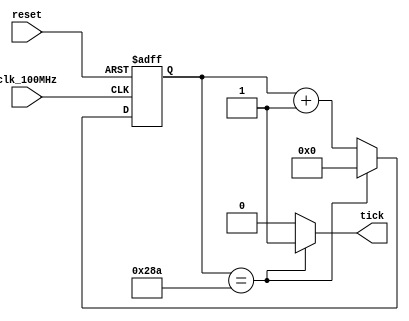
`timescale 1ns / 1ps
//////////////////////////////////////////////////////////////////////////////////
// 
//
// Code adapted from https://www.youtube.com/watch?v=L1D5rBwGTwY, FPGA DUDE
//
//
//
//////////////////////////////////////////////////////////////////////////////////

module baud_rate_generator
    #(              // 9600 baud
        parameter   N = 10,     // number of counter bits
                    M = 651     // counter limit value
    )
    (
        input clk_100MHz,       // basys 3 clock
        input reset,            // reset
        output tick             // sample tick
    );
    
    // Counter Register
    reg [N-1:0] counter;        // counter value
    wire [N-1:0] next;          // next counter value
    
    // Register Logic
    always @(posedge clk_100MHz, posedge reset)
        if(reset)
            counter <= 0;
        else
            counter <= next;
            
    // Next Counter Value Logic
    assign next = (counter == (M-1)) ? 0 : counter + 1;
    
    // Output Logic
    assign tick = (counter == (M-1)) ? 1'b1 : 1'b0;
       
endmodule